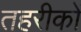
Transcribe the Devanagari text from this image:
तहरीकों